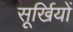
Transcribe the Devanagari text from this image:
सूर्खियों